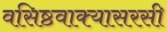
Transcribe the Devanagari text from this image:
वसिष्ठवाक्यासरसी